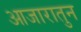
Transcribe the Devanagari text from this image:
आजारातुन